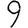
Digit: 9